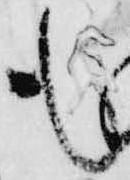
も